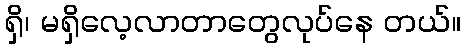
ရှိ၊ မရှိလေ့လာတာတွေလုပ်နေ တယ်။